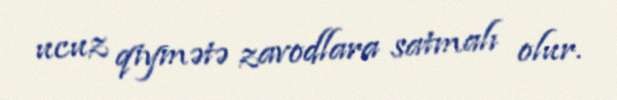
ucuz qiymətə zavodlara satmalı olur.